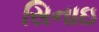
સિનાઇ